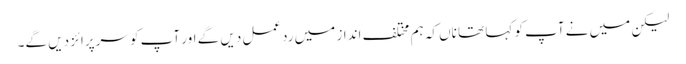
لیکن میں نے آپ کو کہا تھا ناں کہ ہم مختلف انداز میں ردعمل دیں گے اور آپ کو سرپرائز دیں گے۔